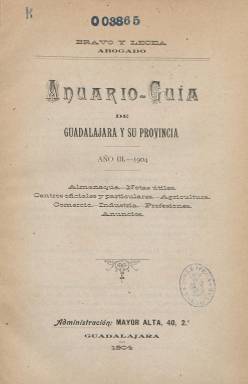
Título: Anuario-guía de Guadalajara y su provincia
Otros títulos: Anuario guía de Guadalajara y su provincia
Colección: Almanaques
Ámbito geográfico: Guadalajara
Lugar de publicación: Guadalajara
Fechas: 01/01/1904-31/12/1909

A partir del año 1903, adopta este título el almanaque-directorio que el periodista y abogado Tomás Bravo y Lecea (1866-1926) había comenzado a publicar el año anterior como Almanaque-guía de Guadalajara. Continúa la secuencia de edición –por tanto, con el Año II¬–, a la vez que sus contenidos ya no se referirán sólo al municipio de Guadalajara, sino que irá aumentándolos a los de otros de la provincia y sus partidos judiciales, hasta que en 1910, este anuario sea continuado por su compilador por otro título: El Indispensable para el abogado y útil para los demás, al que sumará también contenidos sobre legislación vigente, y que también forma parte de la colección de la Biblioteca Nacional de España (BNE). Con el título de Anuario-guía… son publicados ocho volúmenes anuales, comenzando el primero en torno a dos centenares y medio de páginas y llegando a rondar otros posteriores el medio millar. La colección de este título en la BNE no contiene los anuarios de 1903 y 1906. Si el primero de ellos –el de 1903- había sido estampado también en el madrileño Establecimiento de Sucesores de Rivadeneyra, los demás lo serán ya en Guadalajara, los tres siguientes en el Establecimiento Tipográfico La Región y los tres últimos en la Imprenta de Antero Concha.

Otra de las novedades de este Anuario será la inserción, bajo el epígrafe Álbum de Guadalajara, de láminas de fotografías con los retratos de los senadores y diputados de la circunscripción electoral de Guadalajara, a los que después añadirá los del presidente de la Diputación y los de los diputados provinciales, así como vistas de algunos edificios de la ciudad, como el Ayuntamiento o el Hospital Civil, y de iglesias parroquiales, apareciendo como sus autores los fotógrafos M. Ariza y J. Blanco. También llegará a ofrecer unas Curiosidades para el año 1909. Cada volumen aparecerá cada mes de febrero, con la indicación “almanaque, notas útiles, centros oficiales y particulares, agricultura, comercio, industrias, profesiones, anuncios”, y manteniendo la misma estructura de contenidos. Estos son el Almanaque con las fiestas y el santoral, que a partir de 1907 aparece diseñado como una agenda; los datos útiles sobre las tasas, impuestos, aranceles oficiales y tarifas diversas, y la Guía propiamente dicha, en la que se ofrece los nombres de quienes integran los organismos, corporaciones, centros y oficinas oficiales, así como los de las sociedades y entidades particulares, y quienes se dedican a la agricultura, al comercio, a la industria o a las profesiones liberales, con sus correspondientes domicilios. Pero también llega a publicar una Guía escolar y otra Guía del bañista en la provincia.

Cada año irá sumando también la correspondiente Guía de los partidos judiciales, empezando por el propio de Guadalajara y siguiendo por otros: Atienza y su partido judicial, Cifuentes y el partido de Brihuega, Cogolludo y el partido de Cifuentes, Molina de Aragón, Pastrana y Sacedón. Para la recogida de estos datos contará con colaboradores como podían ser el médico u otro profesional radicado en cada localidad. El anuario también se abastece de numerosas inserciones publicitarias, tanto al principio como al final de cada volumen, como otras encartadas en el interior, tanto referidas a Guadalajara como a otras ciudades, como Madrid. Al final de cada volumen, publica un índice general.